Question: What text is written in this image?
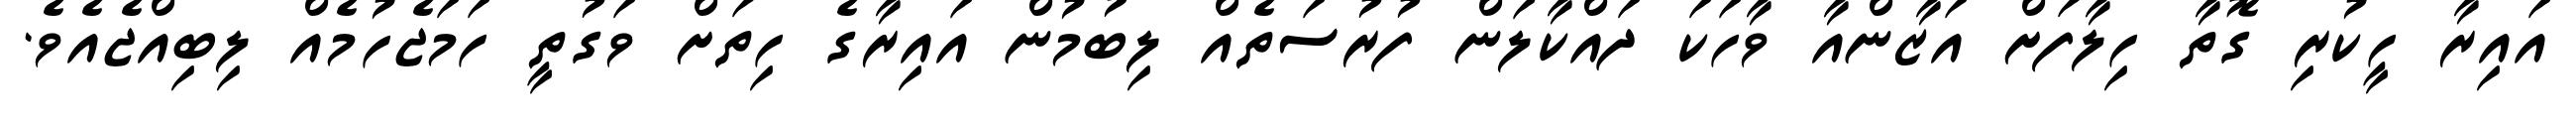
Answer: އައިރާ ހީކުރި ގޮތާ ހިލާފަށް އަޒާންއާ ވާހަކަ ދައްކާލަން ފުރުސަތެއް ލިބުމުން އައިރާގެ ހިތަށް ވަގުތީ ހަމަޖެހުމެއް ލިބިއްޖެއެވެ.